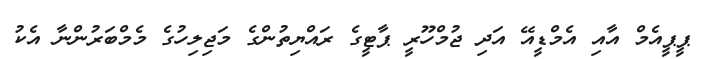
ޕީޕީއެމް އާއި އެމްޑީއޭ އަދި ޖުމްހޫރީ ޕާޓީގެ ރައްޔިތުންގެ މަޖިލިހުގެ މެމްބަރުންނާ އެކު